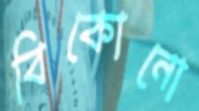
বিকোনো